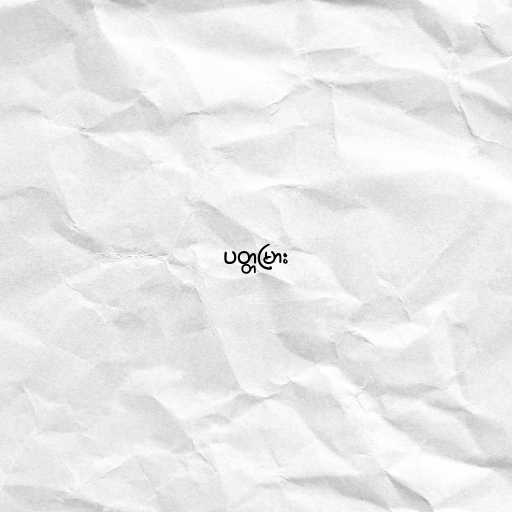
ပတ္တမြား